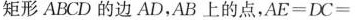
矩形ABCD的边AD，AB上的点，AE=DC=